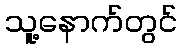
သူ့နောက်တွင်